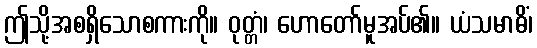
ဤသို့အစရှိသောစကားကို။ ဝုတ္တံ၊ ဟောတော်မူအပ်၏။ ယံသမာဓိံ၊